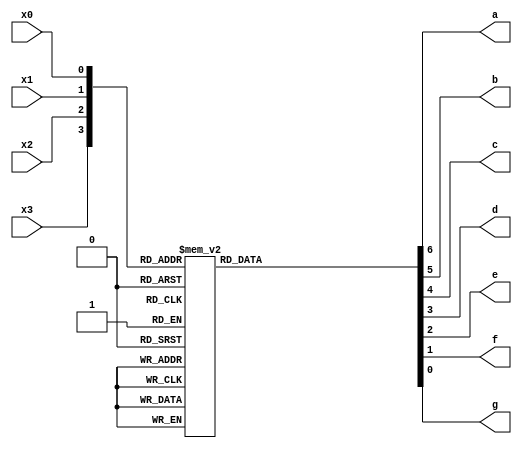
`timescale 1ns / 1ns
//////////////////////////////////////////////////////////////////////////////////
// Company: 
// Engineer: 
// 
// Design Name: 
// Module Name: SevenSegmentTruthTable
// Project Name: 
// Target Devices: 
// Tool Versions: 
// Description: 
// 
// Dependencies: 
// 
// Revision:
// Revision 0.01 - File Created
// Additional Comments:
// 
//////////////////////////////////////////////////////////////////////////////////


module SevenSegmentTruthTable(
    input x3,
    input x2,
    input x1,
    input x0,
    output a,
    output b,
    output c,
    output d,
    output e,
    output f,
    output g
    );
    
    wire [3:0] N = {x3,x2,x1,x0};
    reg [6:0] D;
    
    assign a = D[6];
    assign b = D[5];
    assign c = D[4];
    assign d = D[3];
    assign e = D[2];
    assign f = D[1];
    assign g = D[0];
    
    always @(*) begin
        case (N)
                4'b0000: D = 7'b1111110;
                4'b0001: D = 7'b0110000;
                4'b0010: D = 7'b1101101;
                4'b0011: D = 7'b1111001;
                4'b0100: D = 7'b0110011;
                4'b0101: D = 7'b1011011;
                4'b0110: D = 7'b1011111;
                4'b0111: D = 7'b1110000;
                4'b1000: D = 7'b1111111;
                4'b1001: D = 7'b1111011;
                4'b1010: D = 7'b1110111;
                4'b1011: D = 7'b0011111;
                4'b1100: D = 7'b1001111;
                4'b1101: D = 7'b0111101;
                4'b1110: D = 7'b1001111;
                4'b1111: D = 7'b1000111;
                
                default: D = 7'b0000000;
        endcase
   end
endmodule